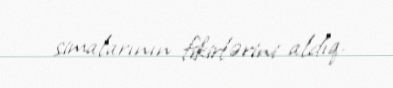
simalarının fikirlərini aldıq.